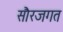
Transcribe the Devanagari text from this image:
सौरजगत